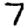
Digit: 7